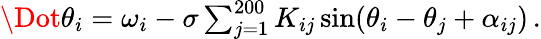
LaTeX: \begin{array}{r}{\Dot{\theta}_{i}=\omega_{i}-\sigma\sum_{j=1}^{200}K_{ij}\sin(\theta_{i}-\theta_{j}+\alpha_{ij})\, .}\end{array}